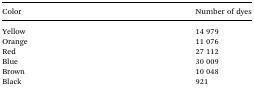
<table><thead><tr><td><b>Color</b></td><td><b>Number of dyes</b></td></tr></thead><tbody><tr><td>Yellow</td><td>14 979</td></tr><tr><td>Orange</td><td>11 076</td></tr><tr><td>Red</td><td>27 112</td></tr><tr><td>Blue</td><td>30 009</td></tr><tr><td>Brown</td><td>10 048</td></tr><tr><td>Black</td><td>921</td></tr></tbody></table>